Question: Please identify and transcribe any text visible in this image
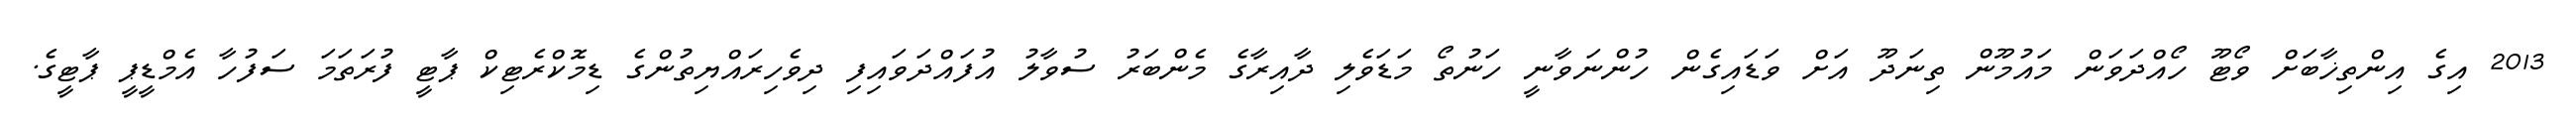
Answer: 2013 އިގެ އިންތިޚާބަށް ވޯޓޫ ހޯއްދަވަން މައުމޫން ތިނަދޫ އަށް ވަޑައިގެން ހުންނަވާނީ ހަނުތޯ މަޑަވެލި ދާއިރާގެ މެންބަރު ސުވާލު އުފައްދަވައިފި ދިވެހިރައްޔިތުންގެ ޑިމޮކްރެޓިކް ޕާޓީ ފުރަތަމަ ސަފުހާ އެމްޑީޕީ ޕާޓީގެ.